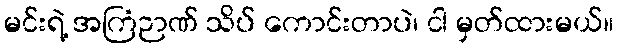
မင်းရဲ့ အကြံဉာဏ် သိပ် ကောင်းတာပဲ၊ ငါ မှတ်ထားမယ်။